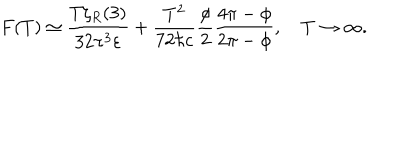
F ( T ) \simeq \frac { T \zeta _ { R } ( 3 ) } { 3 2 \pi ^ { 3 } \varepsilon } + \frac { T ^ { 2 } } { 7 2 \hbar c } \frac { \phi } { 2 } \frac { 4 \pi - \phi } { 2 \pi - \phi } , \quad T \to \infty { . }